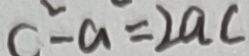
C ^ { 2 } - a = 2 a c